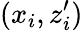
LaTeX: (x_{i},z_{i}^{\prime})